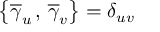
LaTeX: \left\{ \overline { { { \gamma } } } _ { u } \, , \, \overline { { { \gamma } } } _ { v } \right\} = \delta _ { u v }